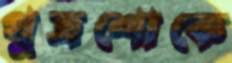
পুত্রশোকে